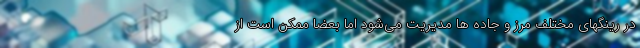
در رینگهای مختلف مرز و جاده ها مدیریت می‌شود اما بعضا ممکن است از